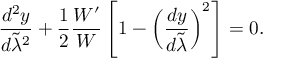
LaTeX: { \frac { d ^ { 2 } y } { d \tilde { \lambda } ^ { 2 } } } + { \frac { 1 } { 2 } } { \frac { { \cal W } ^ { \prime } } { \cal W } } \left[ 1 - \left( { \frac { d y } { d \tilde { \lambda } } } \right) ^ { 2 } \right] = 0 .